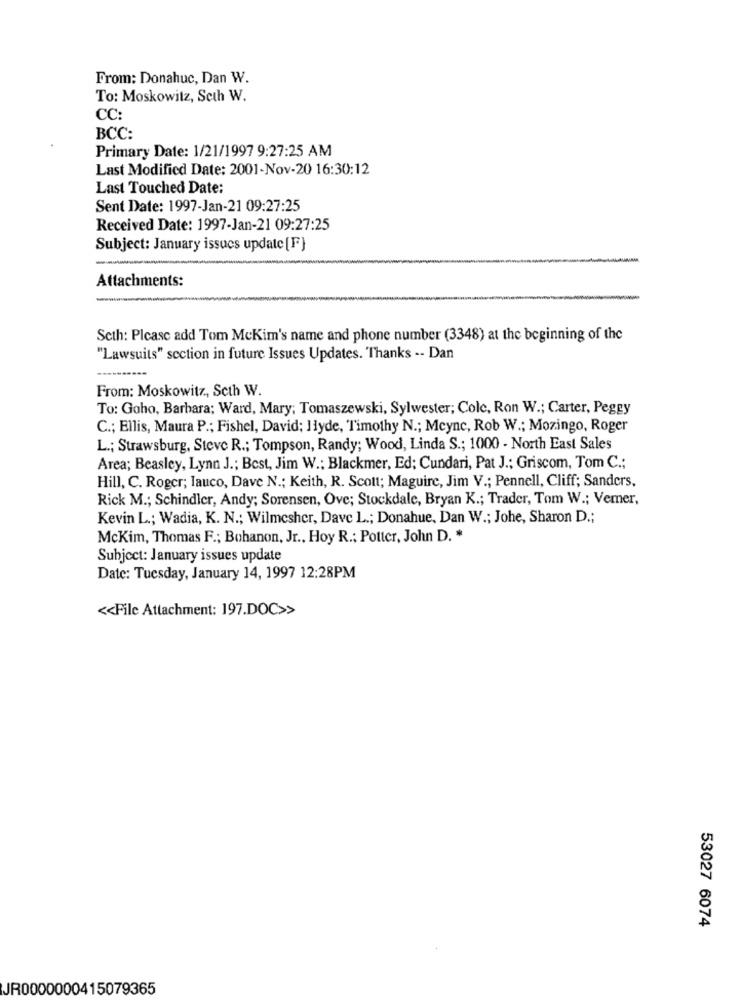
From: Donahuc, Dan W.
To: Moskowitz, Seth W.
CC:
BCC:
Primary Date: 1/21/1997 9:27:25 AM
Last Modified Date: 2001-Nov-20 16:30:12
Last Touched Date:
Sent Date: 1997-Jan-21 09:27:25
Received Date: 1997-Jan-21 09:27:25
Subject: January issues update [F}
Attachments:
Seth: Plcasc add Tom McKim's name and phone number (3348) at the beginning of the
"Lawsuits" section in future Issues Updates. Thanks -- Dan
From: Moskowitz, Seth W.
To: Goho, Barbara; Ward, Mary; Tomaszewski, Sylwester; Cole, Ron W .; Carter, Peggy
C .; Ellis, Maura P .; Fishel, David; Hyde, Timothy N .; Mcync, Rob W .; Mozingo, Roger
L .; Strawsburg, Steve R .; Tompson, Randy; Wood, Linda S .; 1000 - North East Sales
Area; Beasley, Lynn J .; Best, Jim W .; Blackmer, Ed; Cundari, Pat J .; Griscom, Tom C .;
Hill, C. Roger; lauco, Dave N .; Keith, R. Scott; Maguire, Jim V .; Pennell, Cliff; Sanders,
Rick M .; Schindler, Andy; Sorensen, Ove; Stockdale, Bryan K .; Trader, Tom W .; Vemer,
Kevin L .; Wadia, K. N .; Wilmesher, Dave L .; Donahue, Dan W .; Johe, Sharon D .;
McKim, Thomas F .; Bohanon, Jr ., Hoy R .; Potter, John D. *
Subject: January issues update
Date: Tuesday, January 14, 1997 12:28PM
<< File Attachment: 197.DOC>>
53027 6074
JR0000000415079365